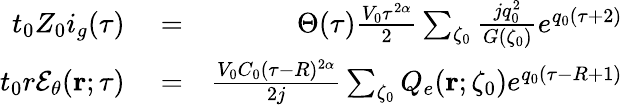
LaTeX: \begin{array}{rlr}{t_{0}Z_{0}i_{g}(\tau)}&{{}=}&{\Theta(\tau)\frac{V_{0}\tau^{2\alpha}}{2}\sum_{\zeta_{0}}\frac{jq_{0}^{2}}{G(\zeta_{0})}e^{q_{0}(\tau+2)}}\\ {t_{0}r{\mathcal E}_{\theta}({\mathbf r};\tau)}&{{}=}&{\frac{V_{0}C_{0}(\tau-R)^{2\alpha}}{2j}\sum_{\zeta_{0}}Q_{e}({\mathbf r};\zeta_{0})e^{q_{0}(\tau-R+1)}}\end{array}